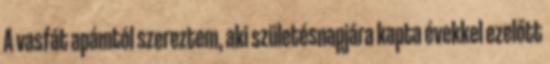
A vasfát apámtól szereztem, aki születésnapjára kapta évekkel ezelőtt